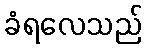
ခံရလေသည်